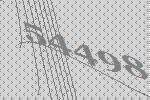
54498